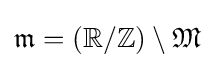
{\mathfrak {m}}=(\mathbb {R} /\mathbb {Z} )\setminus {\mathfrak {M}}